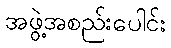
အဖွဲ့အစည်းပေါင်း